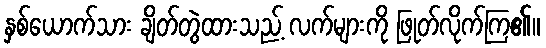
နှစ်ယောက်သား ချိတ်တွဲထားသည့် လက်များကို ဖြုတ်လိုက်ကြ၏။